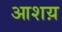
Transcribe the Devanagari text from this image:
आशय़